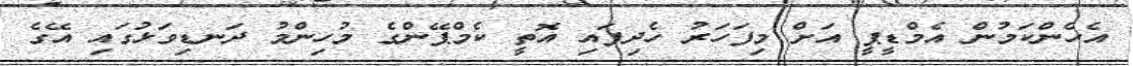
އެހެންކަމުން އެމްޑީޕީ އަށް މިފަހަރު ހެދިފައި އޮތީ ކެމްޕޭންގެ މުހިންމު ދަނޑިވަޅުގައި އޭގެ